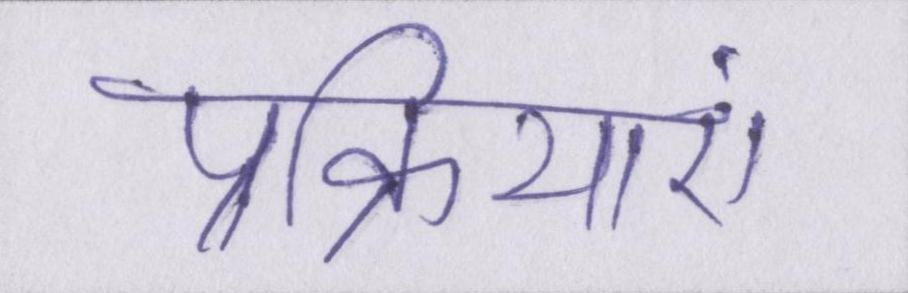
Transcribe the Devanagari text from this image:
प्रक्रियाएं